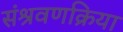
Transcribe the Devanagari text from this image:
संश्रवणक्रिया